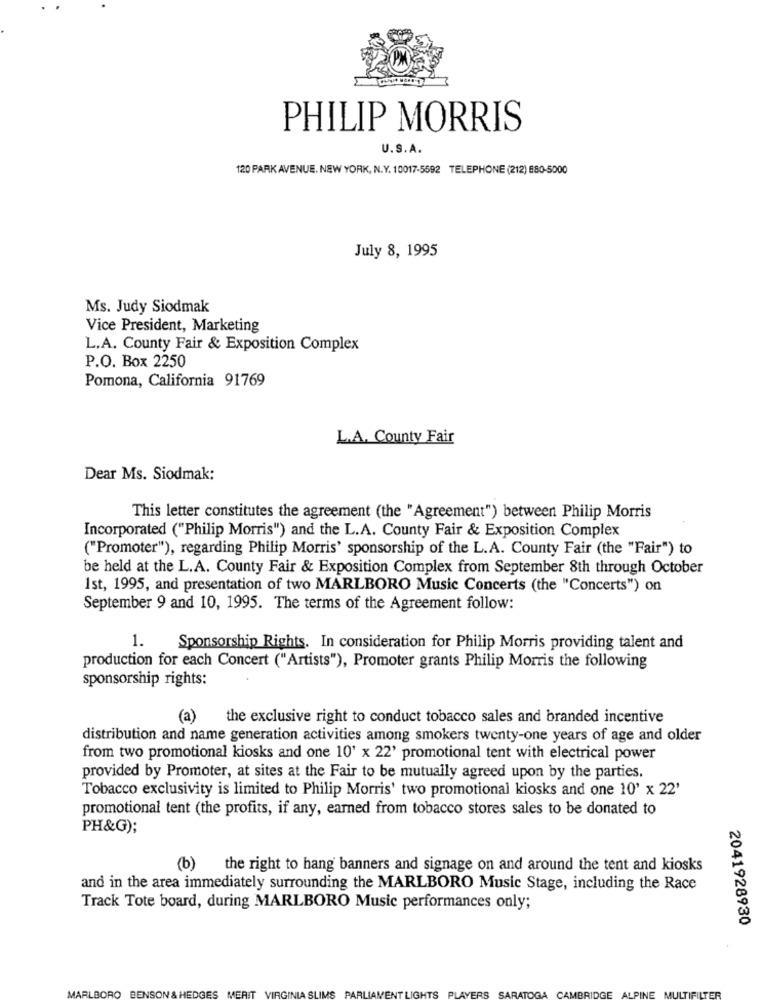
PHILIP MORRIS
U.S.A.
120 PARK AVENUE. NEW YORK, N.Y. 10017-5592 TELEPHONE (212) 880-5000
July 8, 1995
Ms. Judy Siodmak
Vice President, Marketing
L.A. County Fair & Exposition Complex
P.O. Box 2250
Pomona, California 91769
L.A. County Fair
Dear Ms. Siodmak:
This letter constitutes the agreement (the "Agreement") between Philip Morris
Incorporated ("Philip Morris") and the L.A. County Fair & Exposition Complex
("Promoter"), regarding Philip Morris' sponsorship of the L.A. County Fair (the "Fair") to
be held at the L.A. County Fair & Exposition Complex from September 8th through October
Ist, 1995, and presentation of two MARLBORO Music Concerts (the "Concerts") on
September 9 and 10, 1995. The terms of the Agreement follow:
1.
Sponsorship Rights. In consideration for Philip Morris providing talent and
production for each Concert ("Artists"), Promoter grants Philip Morris the following
sponsorship rights:
(a)
the exclusive right to conduct tobacco sales and branded incentive
distribution and name generation activities among smokers twenty-one years of age and older
from two promotional kiosks and one 10' x 22' promotional tent with electrical power
provided by Promoter, at sites at the Fair to be mutually agreed upon by the parties.
Tobacco exclusivity is limited to Philip Morris' two promotional kiosks and one 10' x 22'
promotional tent (the profits, if any, earned from tobacco stores sales to be donated to
PH&G);
(b)
the right to hang banners and signage on and around the tent and kiosks
and in the area immediately surrounding the MARLBORO Music Stage, including the Race
Track Tote board, during MARLBORO Music performances only;
2041928930
MARLBORO BENS
BES MERIT
VIRGINIA SLIK
VERS
IBRIDGE
ALPINE